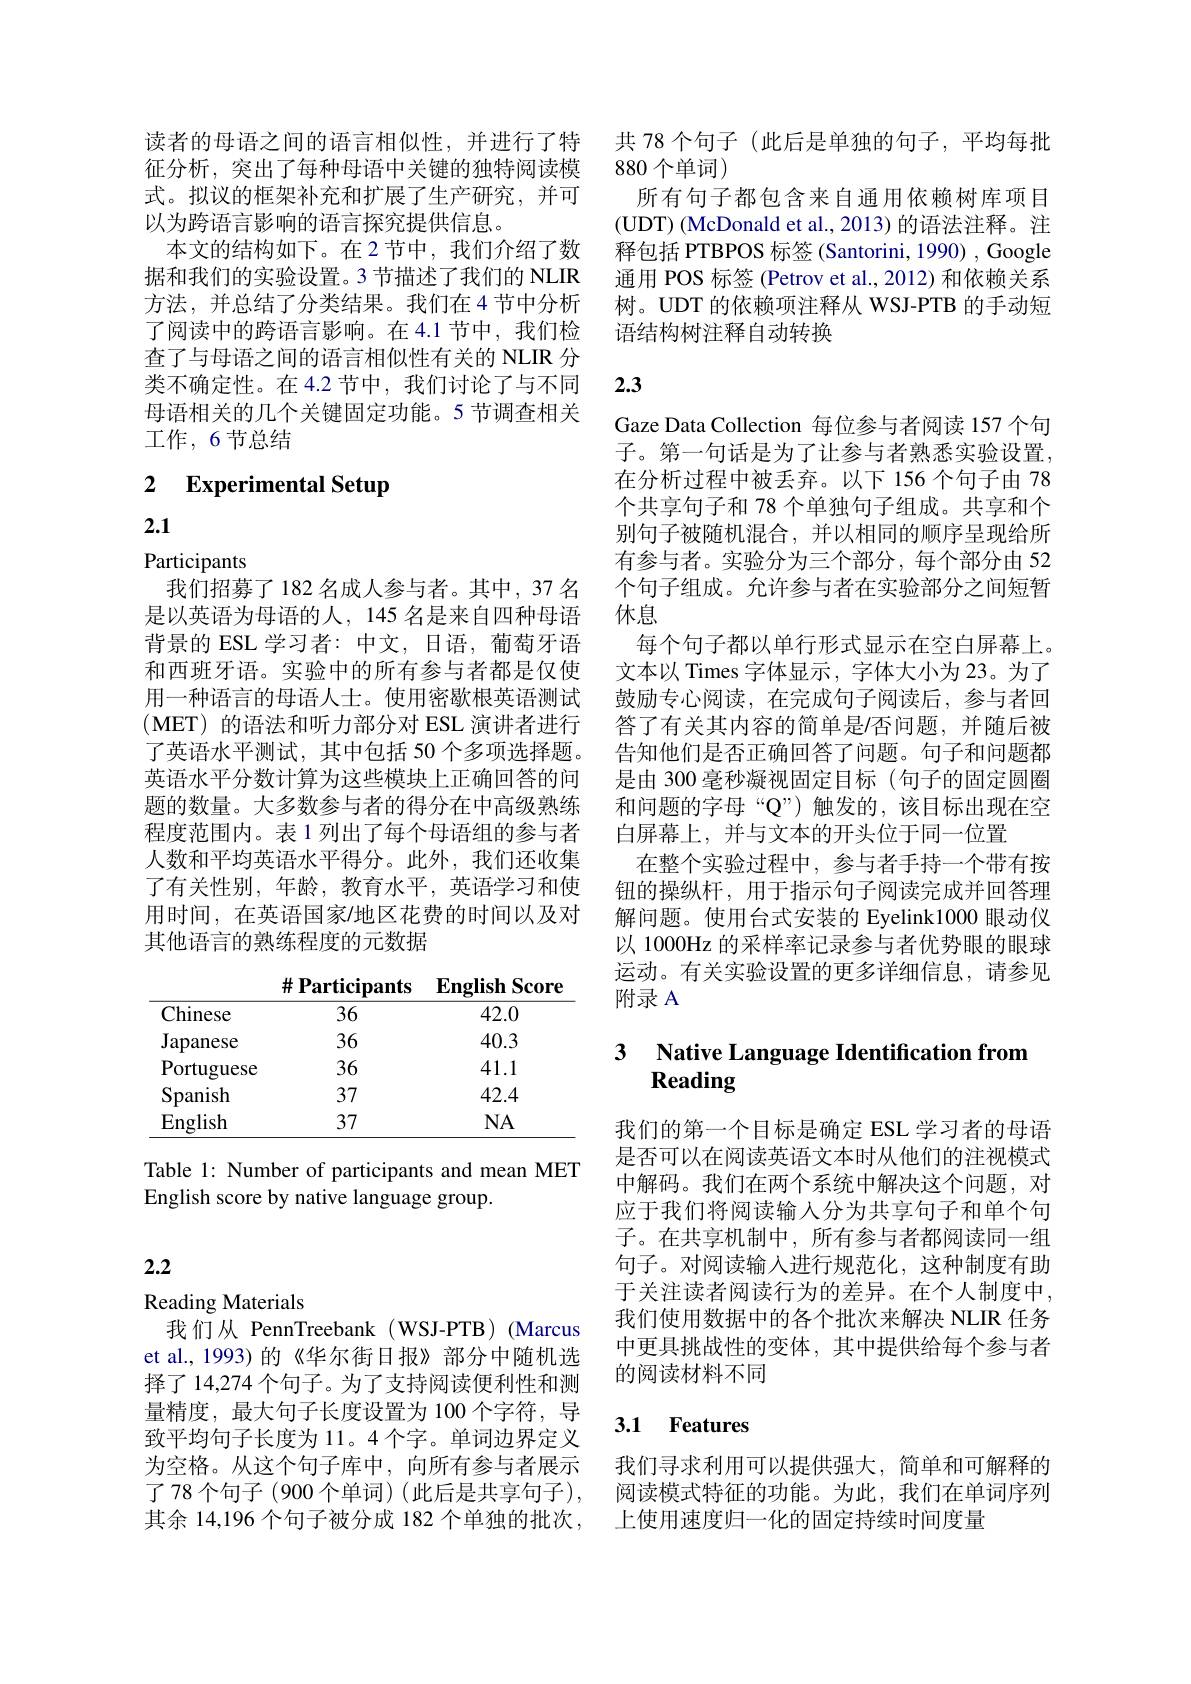
读者的母语之间的语言相似性，并进行了特征分析，突出了每种母语中关键的独特阅读模式。拟议的框架补充和扩展了生产研究，并可以为跨语言影响的语言探究提供信息。
本文的结构如下。在 2 节中，我们介绍了数据和我们的实验设置。3 节描述了我们的 NLIR 方法，并总结了分类结果。我们在4节中分析了阅读中的跨语言影响。在4.1节中，我们检查了与母语之间的语言相似性有关的 NLIR 分类不确定性。在 4.2 节中，我们讨论了与不同母语相关的几个关键固定功能。5 节调查相关工作，6节总结

# 2 Experimental Setup

2.1

Participants
我们招募了182 名成人参与者。其中，37 名是以英语为母语的人，145 名是来自四种母语背景的 ESL 学习者：中文，日语，葡萄牙语和西班牙语。实验中的所有参与者都是仅使用一种语言的母语人士。使用密歇根英语测试(MET)的语法和听力部分对 ESL 演讲者进行了英语水平测试，其中包括 50 个多项选择题。英语水平分数计算为这些模块上正确回答的问题的数量。大多数参与者的得分在中高级熟练程度范围内。表1列出了每个母语组的参与者人数和平均英语水平得分。此外，我们还收集了有关性别，年龄，教育水平，英语学习和使用时间，在英语国家/地区花费的时间以及对其他语言的熟练程度的元数据

$\#$Participants English Score
<table>
	<tbody>
		<tr>
			<th>Chinese</th>
			<th>36</th>
			<th>42.0</th>
		</tr>
		<tr>
			<td>Japanese</td>
			<td>36</td>
			<td>40.3</td>
		</tr>
		<tr>
			<td>Portuguese</td>
			<td>36</td>
			<td>41.1</td>
		</tr>
		<tr>
			<td>Spanish</td>
			<td>37</td>
			<td>42.4</td>
		</tr>
		<tr>
			<td>English</td>
			<td>37</td>
			<td>$NA$</td>
		</tr>
	</tbody>
</table>

Table 1: Number of participants and mean MET
English score by native language group.

## 2.2

Reading Materials

我们从 PennTreebank (WSJ-PTB) (Marcus et al., 1993)的《华尔街日报》部分中随机选择了 14,274 个句子。为了支持阅读便利性和测量精度，最大句子长度设置为 100 个字符，导致平均句子长度为 11。4 个字。单词边界定义为空格。从这个句子库中，向所有参与者展示了 78 个句子 (900 个单词) (此后是共享句子), 其余 14,196 个句子被分成 182 个单独的批次，

共 78 个句子 (此后是单独的句子，平均每批
880 个单词)
所有句子都包含来自通用依赖树库项目(UDT) (McDonald et al., 2013) 的语法注释。注释包括 PTBPOS 标签 (Santorini, 1990) , Google 通用 POS 标签 (Petrov et al., 2012) 和依赖关系树。UDT 的依赖项注释从 WSJ-PTB 的手动短语结构树注释自动转换

## 2.3

Gaze Data Collection 每位参与者阅读 157 个句子。第一句话是为了让参与者熟悉实验设置， 在分析过程中被丢弃。以下 156 个句子由 78个共享句子和 78 个单独句子组成。共享和个别句子被随机混合，并以相同的顺序呈现给所有参与者。实验分为三个部分，每个部分由 52个句子组成。允许参与者在实验部分之间短暂休息
每个句子都以单行形式显示在空白屏幕上。文本以 Times 字体显示，字体大小为 23。为了鼓励专心阅读，在完成句子阅读后，参与者回答了有关其内容的简单是/否问题，并随后被告知他们是否正确回答了问题。句子和问题都是由 300 毫秒凝视固定目标 (句子的固定圆圈和问题的字母“Q”)触发的，该目标出现在空白屏幕上，并与文本的开头位于同一位置
在整个实验过程中，参与者手持一个带有按钮的操纵杆，用于指示句子阅读完成并回答理解问题。使用台式安装的 Eyelink1000 眼动仪以 1000Hz 的采样率记录参与者优势眼的眼球运动。有关实验设置的更多详细信息，请参见附录 A

### 3 Native Language Identification from Reading

我们的第一个目标是确定 ESL 学习者的母语是否可以在阅读英语文本时从他们的注视模式中解码。我们在两个系统中解决这个问题，对应于我们将阅读输入分为共享句子和单个句子。在共享机制中，所有参与者都阅读同一组句子。对阅读输入进行规范化，这种制度有助于关注读者阅读行为的差异。在个人制度中， 我们使用数据中的各个批次来解决 NLIR 任务中更具挑战性的变体，其中提供给每个参与者的阅读材料不同

## 3.1 Features

我们寻求利用可以提供强大，简单和可解释的阅读模式特征的功能。为此，我们在单词序列上使用速度归一化的固定持续时间度量